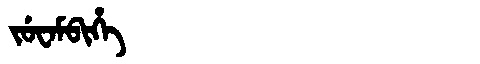
Manchu: ᠵᡠᠸᠠᠮᠪᡳᡥᡝ
Romanization: JUWAMBIHE